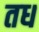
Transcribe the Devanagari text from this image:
तध